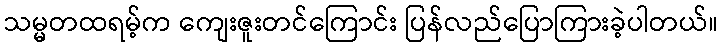
သမ္မတထရမ့်က ကျေးဇူးတင်ကြောင်း ပြန်လည်ပြောကြားခဲ့ပါတယ်။